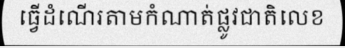
ធ្វើដំណើរតាមកំណាត់ផ្លូវជាតិលេខ